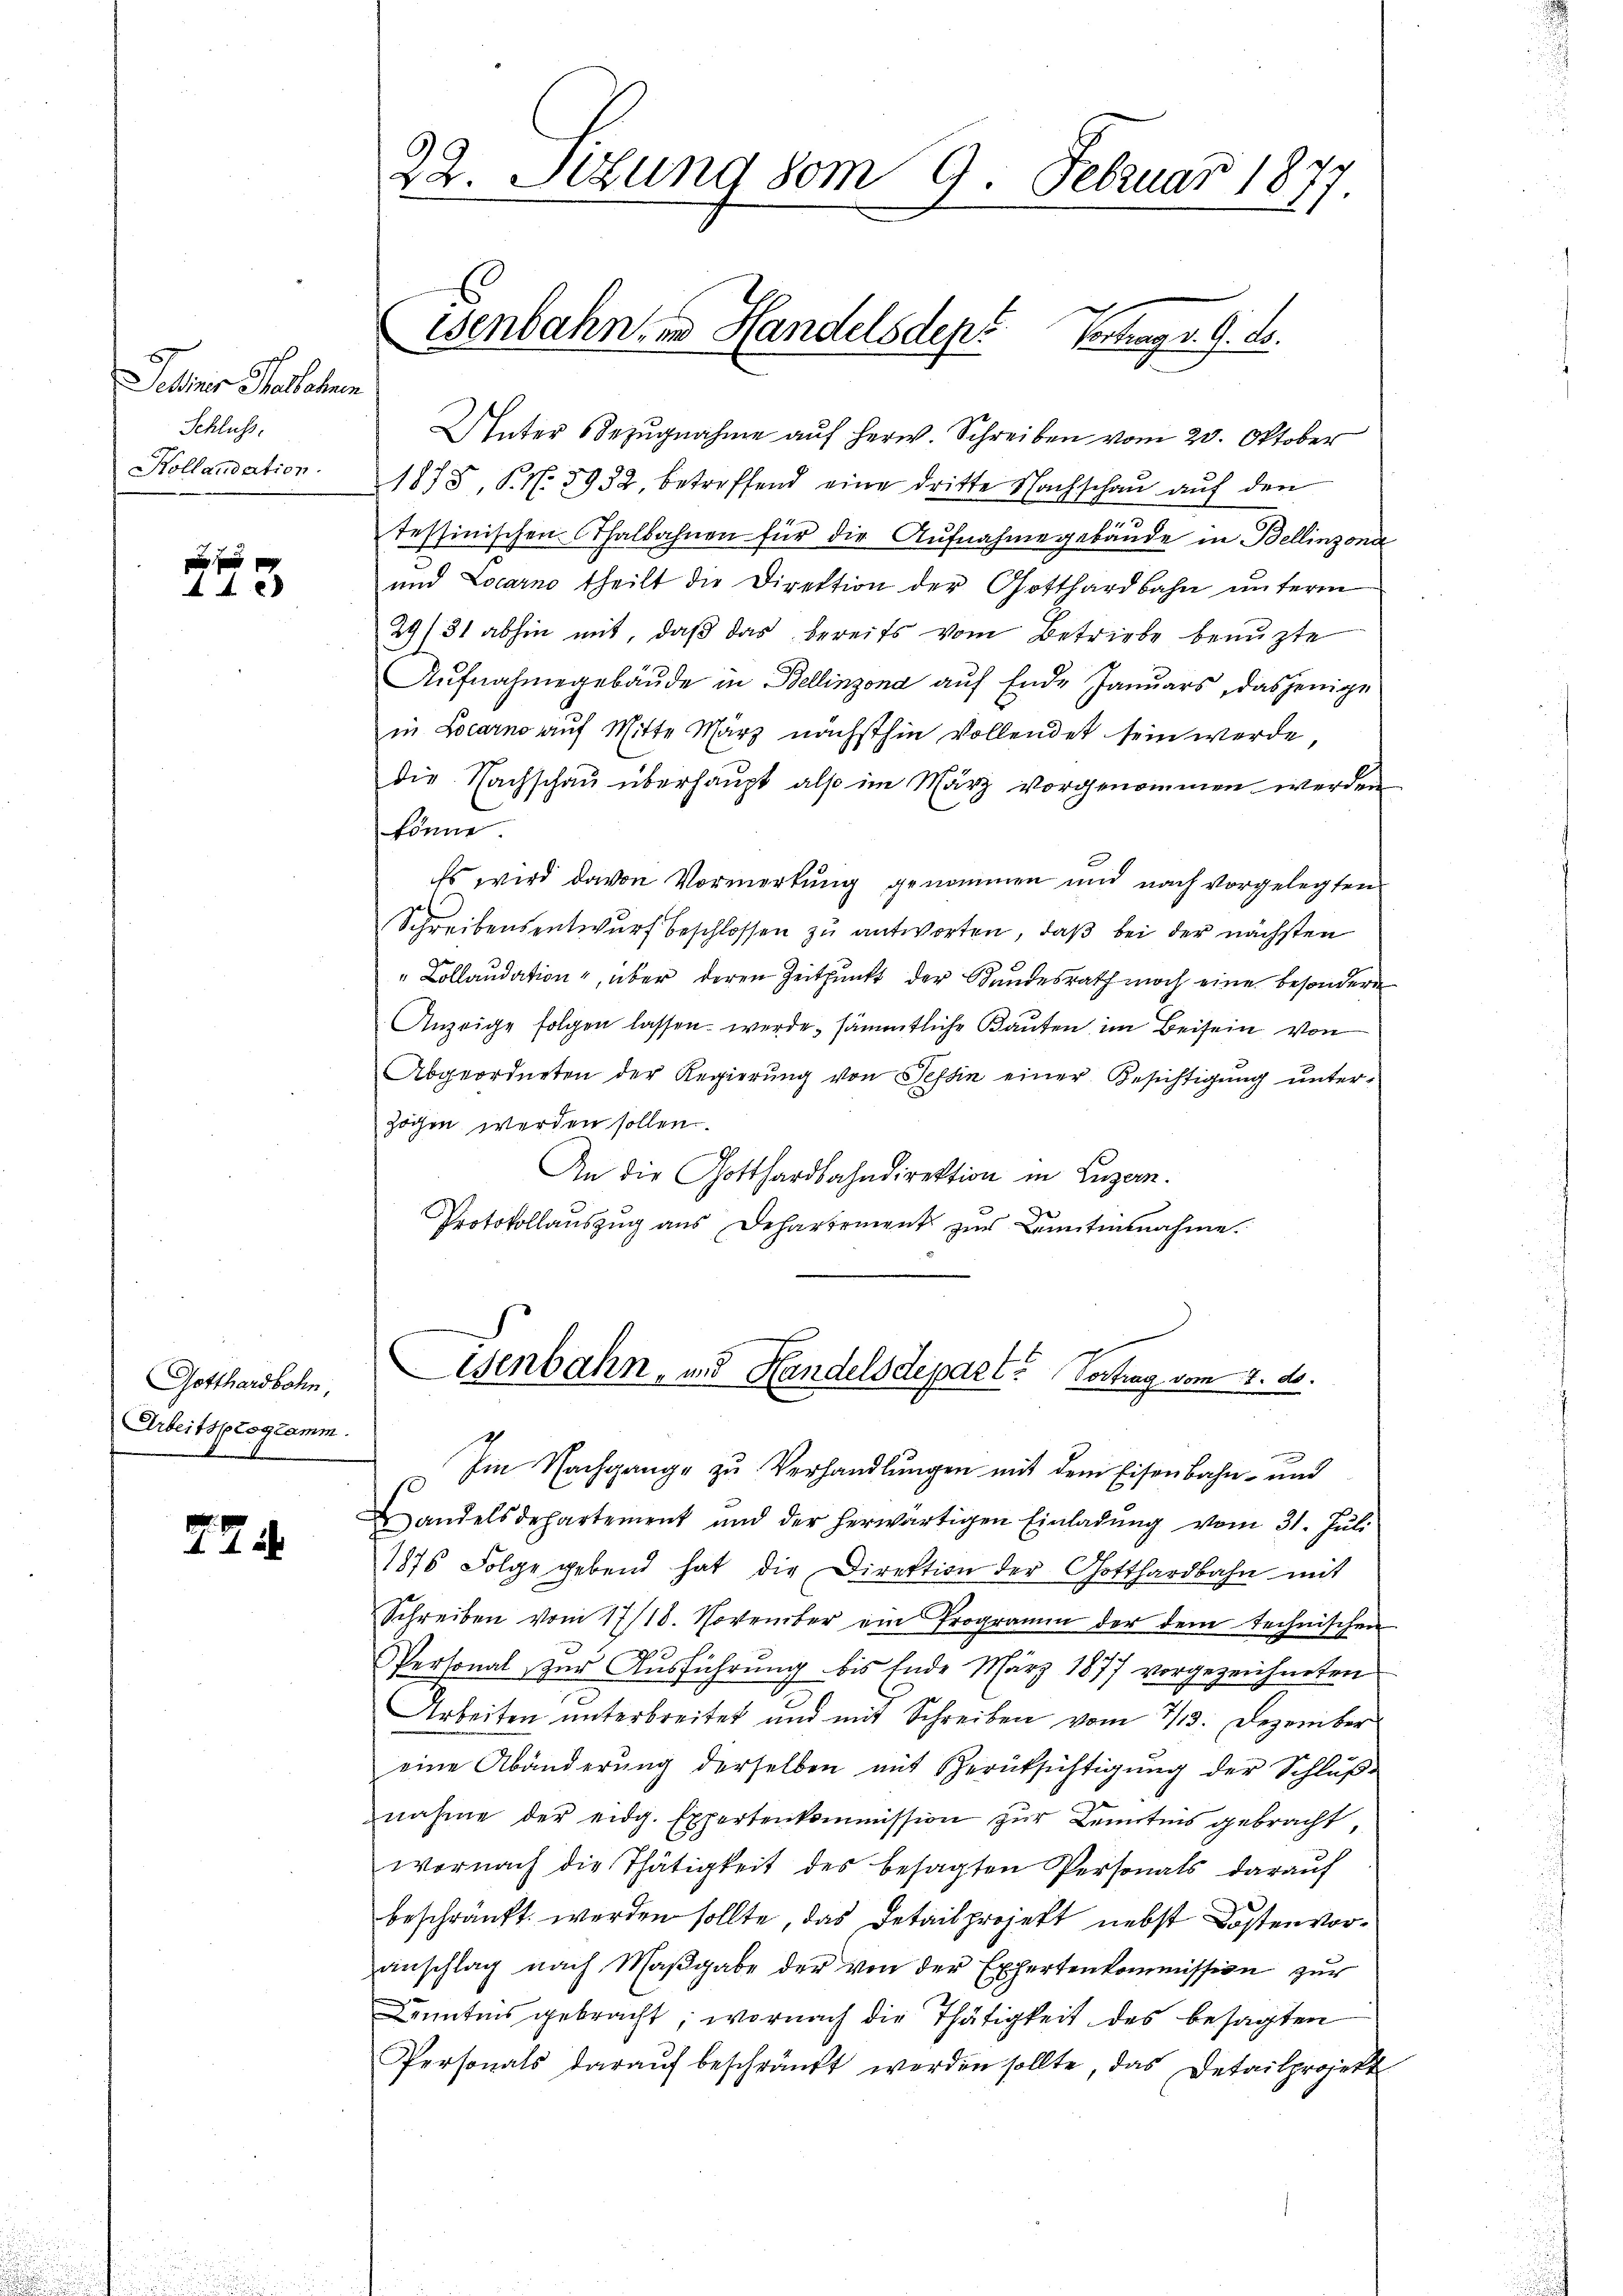
Schiner Harlehnen
Schluss.
Kollandation.

x
44

Gotthardbahn,
Arbeitsprogramm.

724.

22. Setzung vom 9. Februar 1877

isenbahn in Handelsden? Vortrag d. 9. ds.

Unter Bezugnahme auf herw. Schreiben vom 20. Oktober
1878, P. N. 5952, betreffend eine dritte Nachschau auf den
.
tessinischen halbahnen für die Aufnahme gebäude in Bellinzona
und Locarno theilt die Direktion der Gotthardbahn ŭnterm
29/31 abhin mit, daß das bereits vom Betriebe benuzte
Aŭfnahmegebäŭde in Bellinzona auf Ende Januars, dasjenige
in Locarno auf Mitte März nächsthin vollendet sein werde,
die Nachschau überhaupt also im März vorgenommen werden
könne.
Es wird davon Vormerkung genommen und nach vorgelegten
Schreibensentwurf beschlossen zu antworten, daß bei der nächsten
"Collaudation, über deren Zeitpunkt der Bundesrath noch eine besondere
Anzeige folgen lassen werde, sämmtliche Bauten im Beisein von
Abgeordneten der Regierŭng von Tessin einer Besichtigung unter-
zöchen werden sollen.
An die Gotthardbahndirektion in Luzern.
Protokollauszug aus Dehartement zur Lantinnahme.

Wenbahn, und Handelsdepart. Vortrag vom 7. ds.

Im Nachgange zu Verhandlŭngen mit dem Eisenbahn- und
Handelsdepartement und der herwärtigen Einladŭng vom 31. Jŭli
1875 Folge gebend hat die Direktion der Gotthardbahn mit
Schreiben vom 17/18. November ein Programm der dem technischen
Personal zur Ausführung bis Ende März 1877 vorgezeichneten
Arbeiten unterbreitet und mit Schreiben vom 2/3. Dezember
eine Abänderŭng derselben mit Berüksichtigŭng der Schlŭβ-
nahme der eidg. Exportenkommission zur Kenntnis gebracht,
wornach die Thätigkeit des besagten Personals daraŭf
beschränkt werden sollte, das Detail projekt nebst Kostenvoranschlag nach Maβgabe der von der Expertenkommission zur
anntens gebracht, wornach die Thätigkeit des besagten
Personals daraŭf beschränkt werden sollte, das Detailprojekt